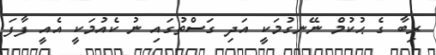
ރިބާ ގެ ޙުކުމް ނޭނގުމަކީ އަދި ގަސްތުގައި ނު ކެއުމަކީ އެއީ ފާފަ